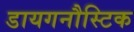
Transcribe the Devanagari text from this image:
डायगनौस्टिक